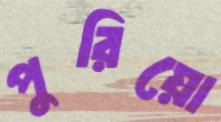
পুরিয়ো